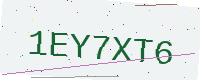
Text: 1EY7XT6